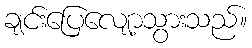
ချင်းပြေလျော့သွားသည်။